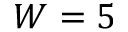
W = 5